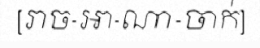
[រាច-អា-ណា-ចាក់]